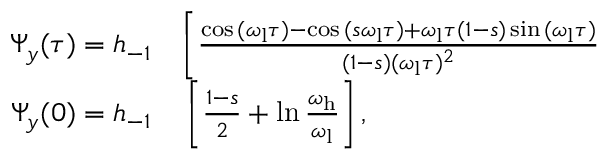
\begin{array} { r l } { \Psi _ { y } ( \tau ) = h _ { - 1 } } & { { } \bigg [ \frac { \cos { ( \omega _ { \mathrm { l } } \tau ) } - \cos { ( s \omega _ { \mathrm { l } } \tau ) } + \omega _ { \mathrm { l } } \tau ( 1 - s ) \sin { ( \omega _ { \mathrm { l } } \tau } ) } { ( 1 - s ) ( \omega _ { \mathrm { l } } \tau ) ^ { 2 } } } \\ { \Psi _ { y } ( 0 ) = h _ { - 1 } } & { { } \left[ \frac { 1 - s } { 2 } + \ln { \frac { \omega _ { \mathrm { h } } } { \omega _ { \mathrm { l } } } } \right] , } \end{array}